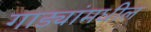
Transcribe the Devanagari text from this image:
गाड्यांमधील